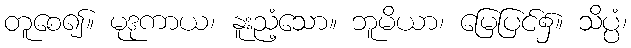
တူစေ၍။ မုဒုကာယ၊ နူးညံ့သော။ ဘူမိယာ၊ မြေပြင်၌။ သိပ္ပံ၊